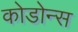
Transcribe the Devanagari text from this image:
कोडोन्स